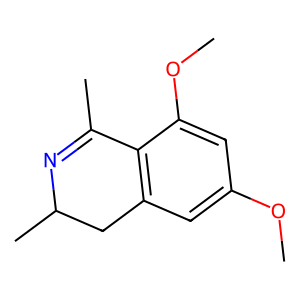
SMILES: COc1cc2c(c(OC)c1)C(C)=NC(C)C2
Inhibits HIV replication: No